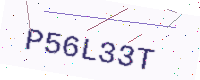
Text: P56L33T